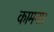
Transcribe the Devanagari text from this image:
कामना।